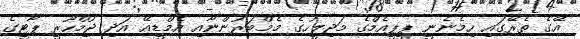
އޭގެ ތެރޭގައި ހިމެނެނީ ޕީޕީއެމްގެ މަޖިލީހުގެ މެމްބަރުންނާއި އެމްޑީއޭ އަދި ޖުމްހޫރީ ޕާޓީގެ